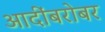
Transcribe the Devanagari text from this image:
आदींबरोबर